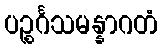
ပဉ္စင်္ဂသမန္နာဂတံ